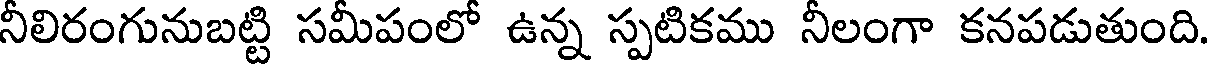
నీలిరంగునుబట్టి సమీపంలో ఉన్న స్పటికము నీలంగా కనపడుతుంది